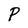
Character: P